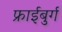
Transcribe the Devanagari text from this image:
फ्राईबुर्ग